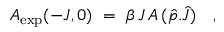
A _ { \mathrm { e x p } } ( - J , 0 ) \ = \ \beta \, J \, A \, ( \hat { p } . \hat { J } ) \ \ \ ,